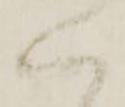
く